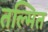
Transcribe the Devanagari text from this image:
तल्मित